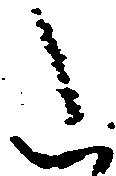
た